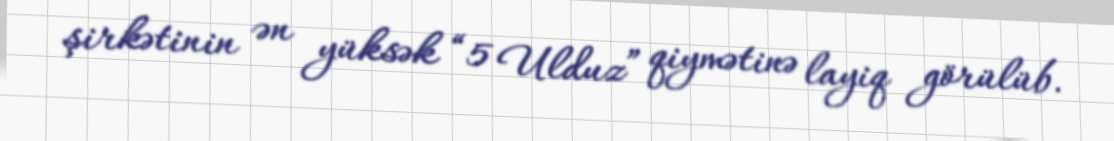
şirkətinin ən yüksək “5 Ulduz” qiymətinə layiq görülüb.